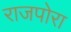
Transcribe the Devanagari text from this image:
राजपोरा